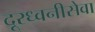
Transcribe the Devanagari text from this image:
दूरध्वनीसेवा